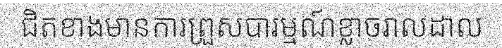
ជិតខាងមានការព្រួសបារម្មណ៍ខ្លាចរាលដាល